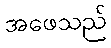
အဖေသည်